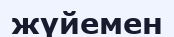
жүйемен